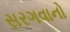
સરગવાનો